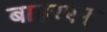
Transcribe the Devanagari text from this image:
बाहरएफ्